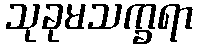
သုခုမသက္ခရာ